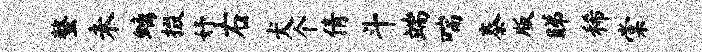
螯未螭掇妤右犬个倩斗端喘泰版睇稀棠